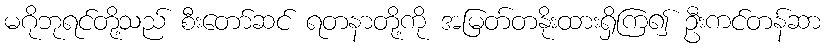
မဂိုဘုရင်တို့သည် စီးတော်ဆင် ရတနာတို့ကို အမြတ်တနိုးထားရှိကြ၍ ဦးကင်တန်ဆာ